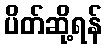
ပိတ်ဆို့ရန်